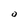
Character: o